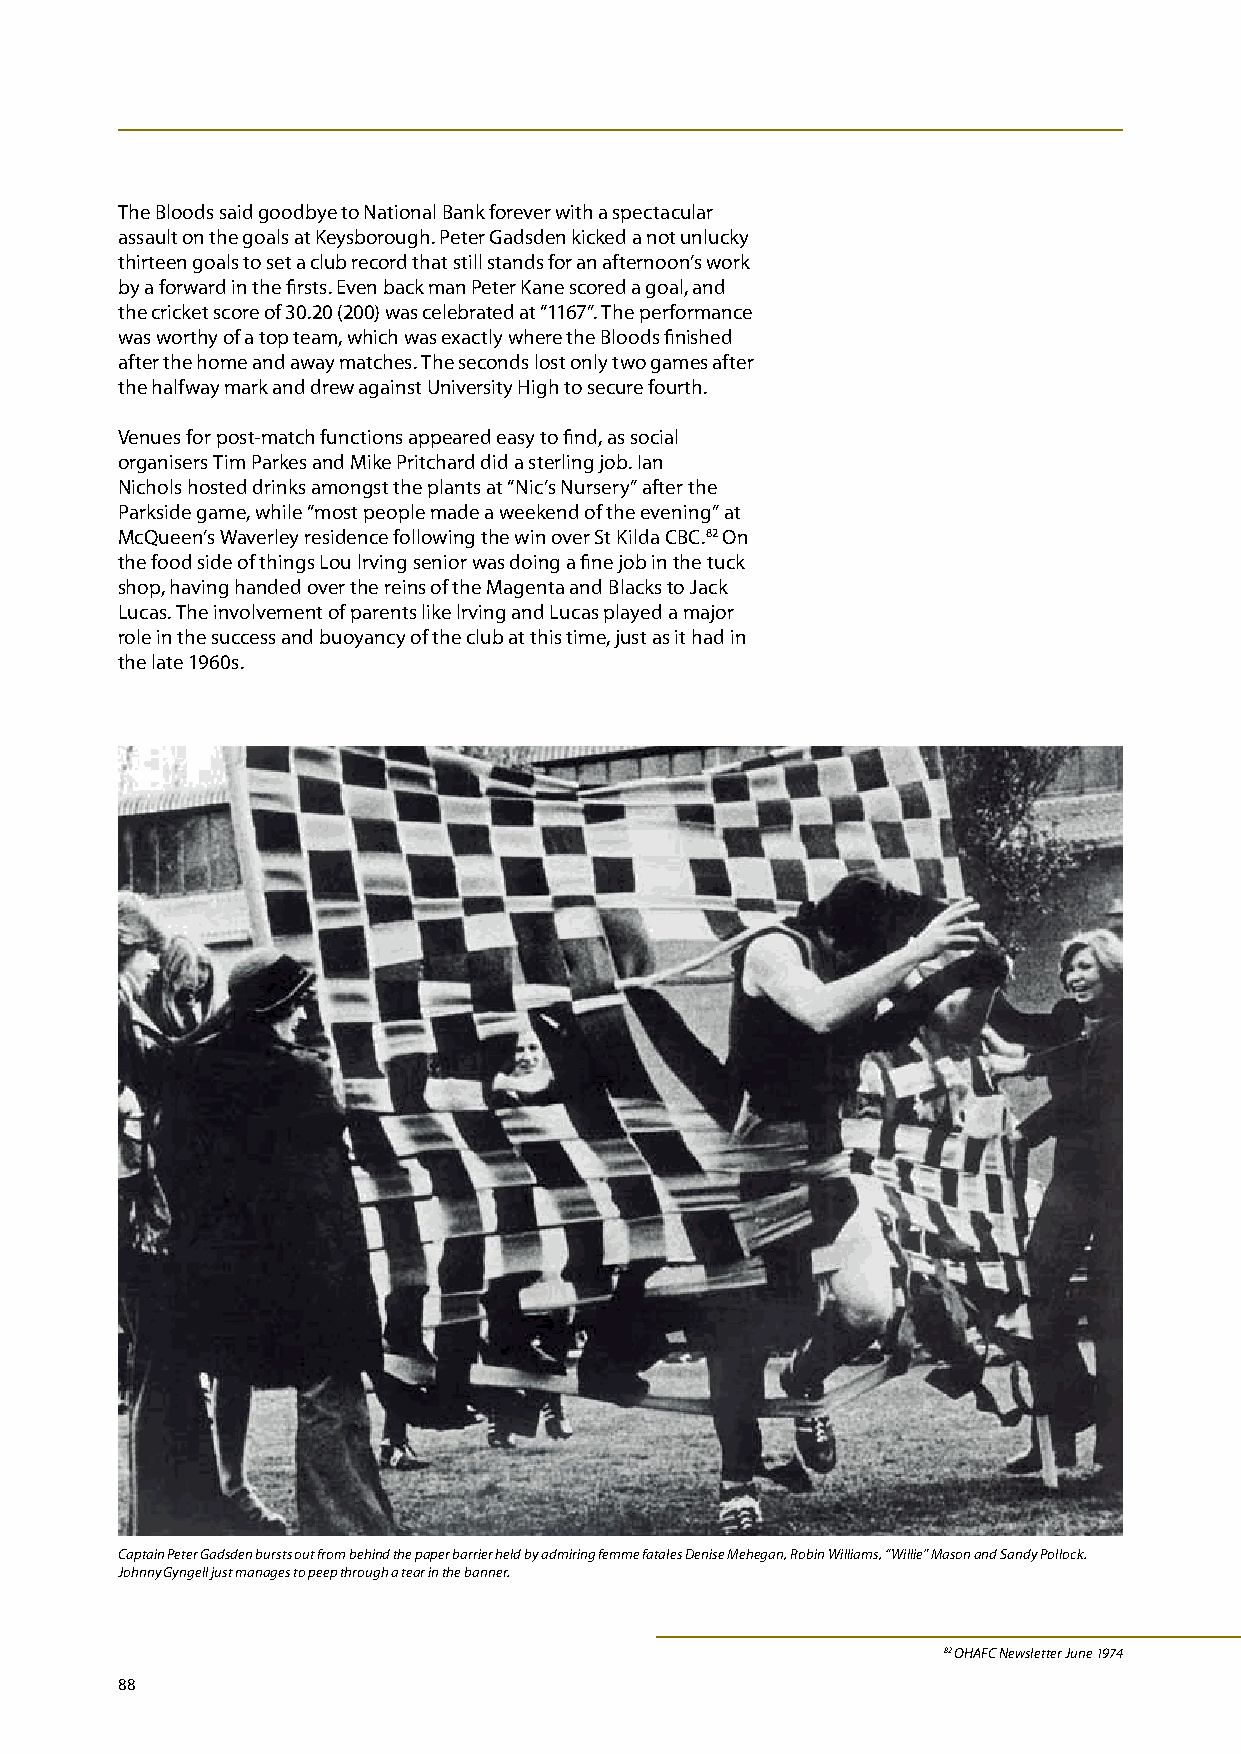
The Bloods said goodbye to National Bank forever with a spectacular
 assault on the goals at Keysborough. Peter Gadsden kicked a not unlucky
 thirteen goals to set a club record that still stands for an afternoon’s work
 by a forward in the firsts. Even back man Peter Kane scored a goal, and
 the cricket score of 30.20 (200) was celebrated at “1167”. The performance
 was worthy of a top team, which was exactly where the Bloods finished
 after the home and away matches. The seconds lost only two games after
 the halfway mark and drew against University High to secure fourth.
 Venues for post-match functions appeared easy to find, as social
 organisers Tim Parkes and Mike Pritchard did a sterling job. Ian
 Nichols hosted drinks amongst the plants at “Nic’s Nursery” after the
 Parkside game, while “most people made a weekend of the evening” at
 McQueen’s Waverley residence following the win over St Kilda CBC.82 On
 the food side of things Lou lrving senior was doing a fine job in the tuck
 shop, having handed over the reins of the Magenta and Blacks to Jack
 Lucas. The involvement of parents like lrving and Lucas played a major
 role in the success and buoyancy of the club at this time, just as it had in
 the late 1960s.
 Captain Peter Gadsden bursts out from behind the paper barrier held by admiring femme fataIes Denise Mehegan, Robin Williams, “Willie” Mason and Sandy Pollock.
 Johnny Gyngell just manages to peep through a tear in the banner.
 82 OHAFC Newsletter June 1974
 88